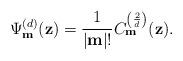
LaTeX: \begin{align*}\Psi _{\mathbf{m}}^{(d)}(\mathbf{z}) = \frac{1}{|\mathbf{m}|!}C_{\mathbf{m}}^{\left(\frac{2}{d}\right)}(\mathbf{z}). \end{align*}